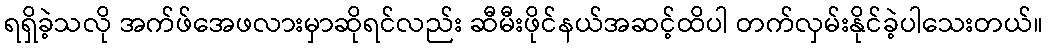
ရရှိခဲ့သလို အက်ဖ်အေဖလားမှာဆိုရင်လည်း ဆီမီးဖိုင်နယ်အဆင့်ထိပါ တက်လှမ်းနိုင်ခဲ့ပါသေးတယ်။